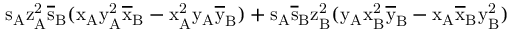
\mathrm { s _ { A } \mathrm { z _ { A } ^ { 2 } \mathrm { \overline { { s } } _ { B } ( \mathrm { x _ { A } \mathrm { y _ { A } ^ { 2 } \mathrm { \overline { { x } } _ { B } - \mathrm { x _ { A } ^ { 2 } \mathrm { y _ { A } \mathrm { \overline { { y } } _ { B } ) + \mathrm { s _ { A } \mathrm { \overline { { s } } _ { B } \mathrm { z _ { B } ^ { 2 } ( \mathrm { y _ { A } \mathrm { x _ { B } ^ { 2 } \mathrm { \overline { { y } } _ { B } - \mathrm { x _ { A } \mathrm { \overline { { x } } _ { B } \mathrm { y _ { B } ^ { 2 } ) } } } } } } } } } } } } } } } } } }